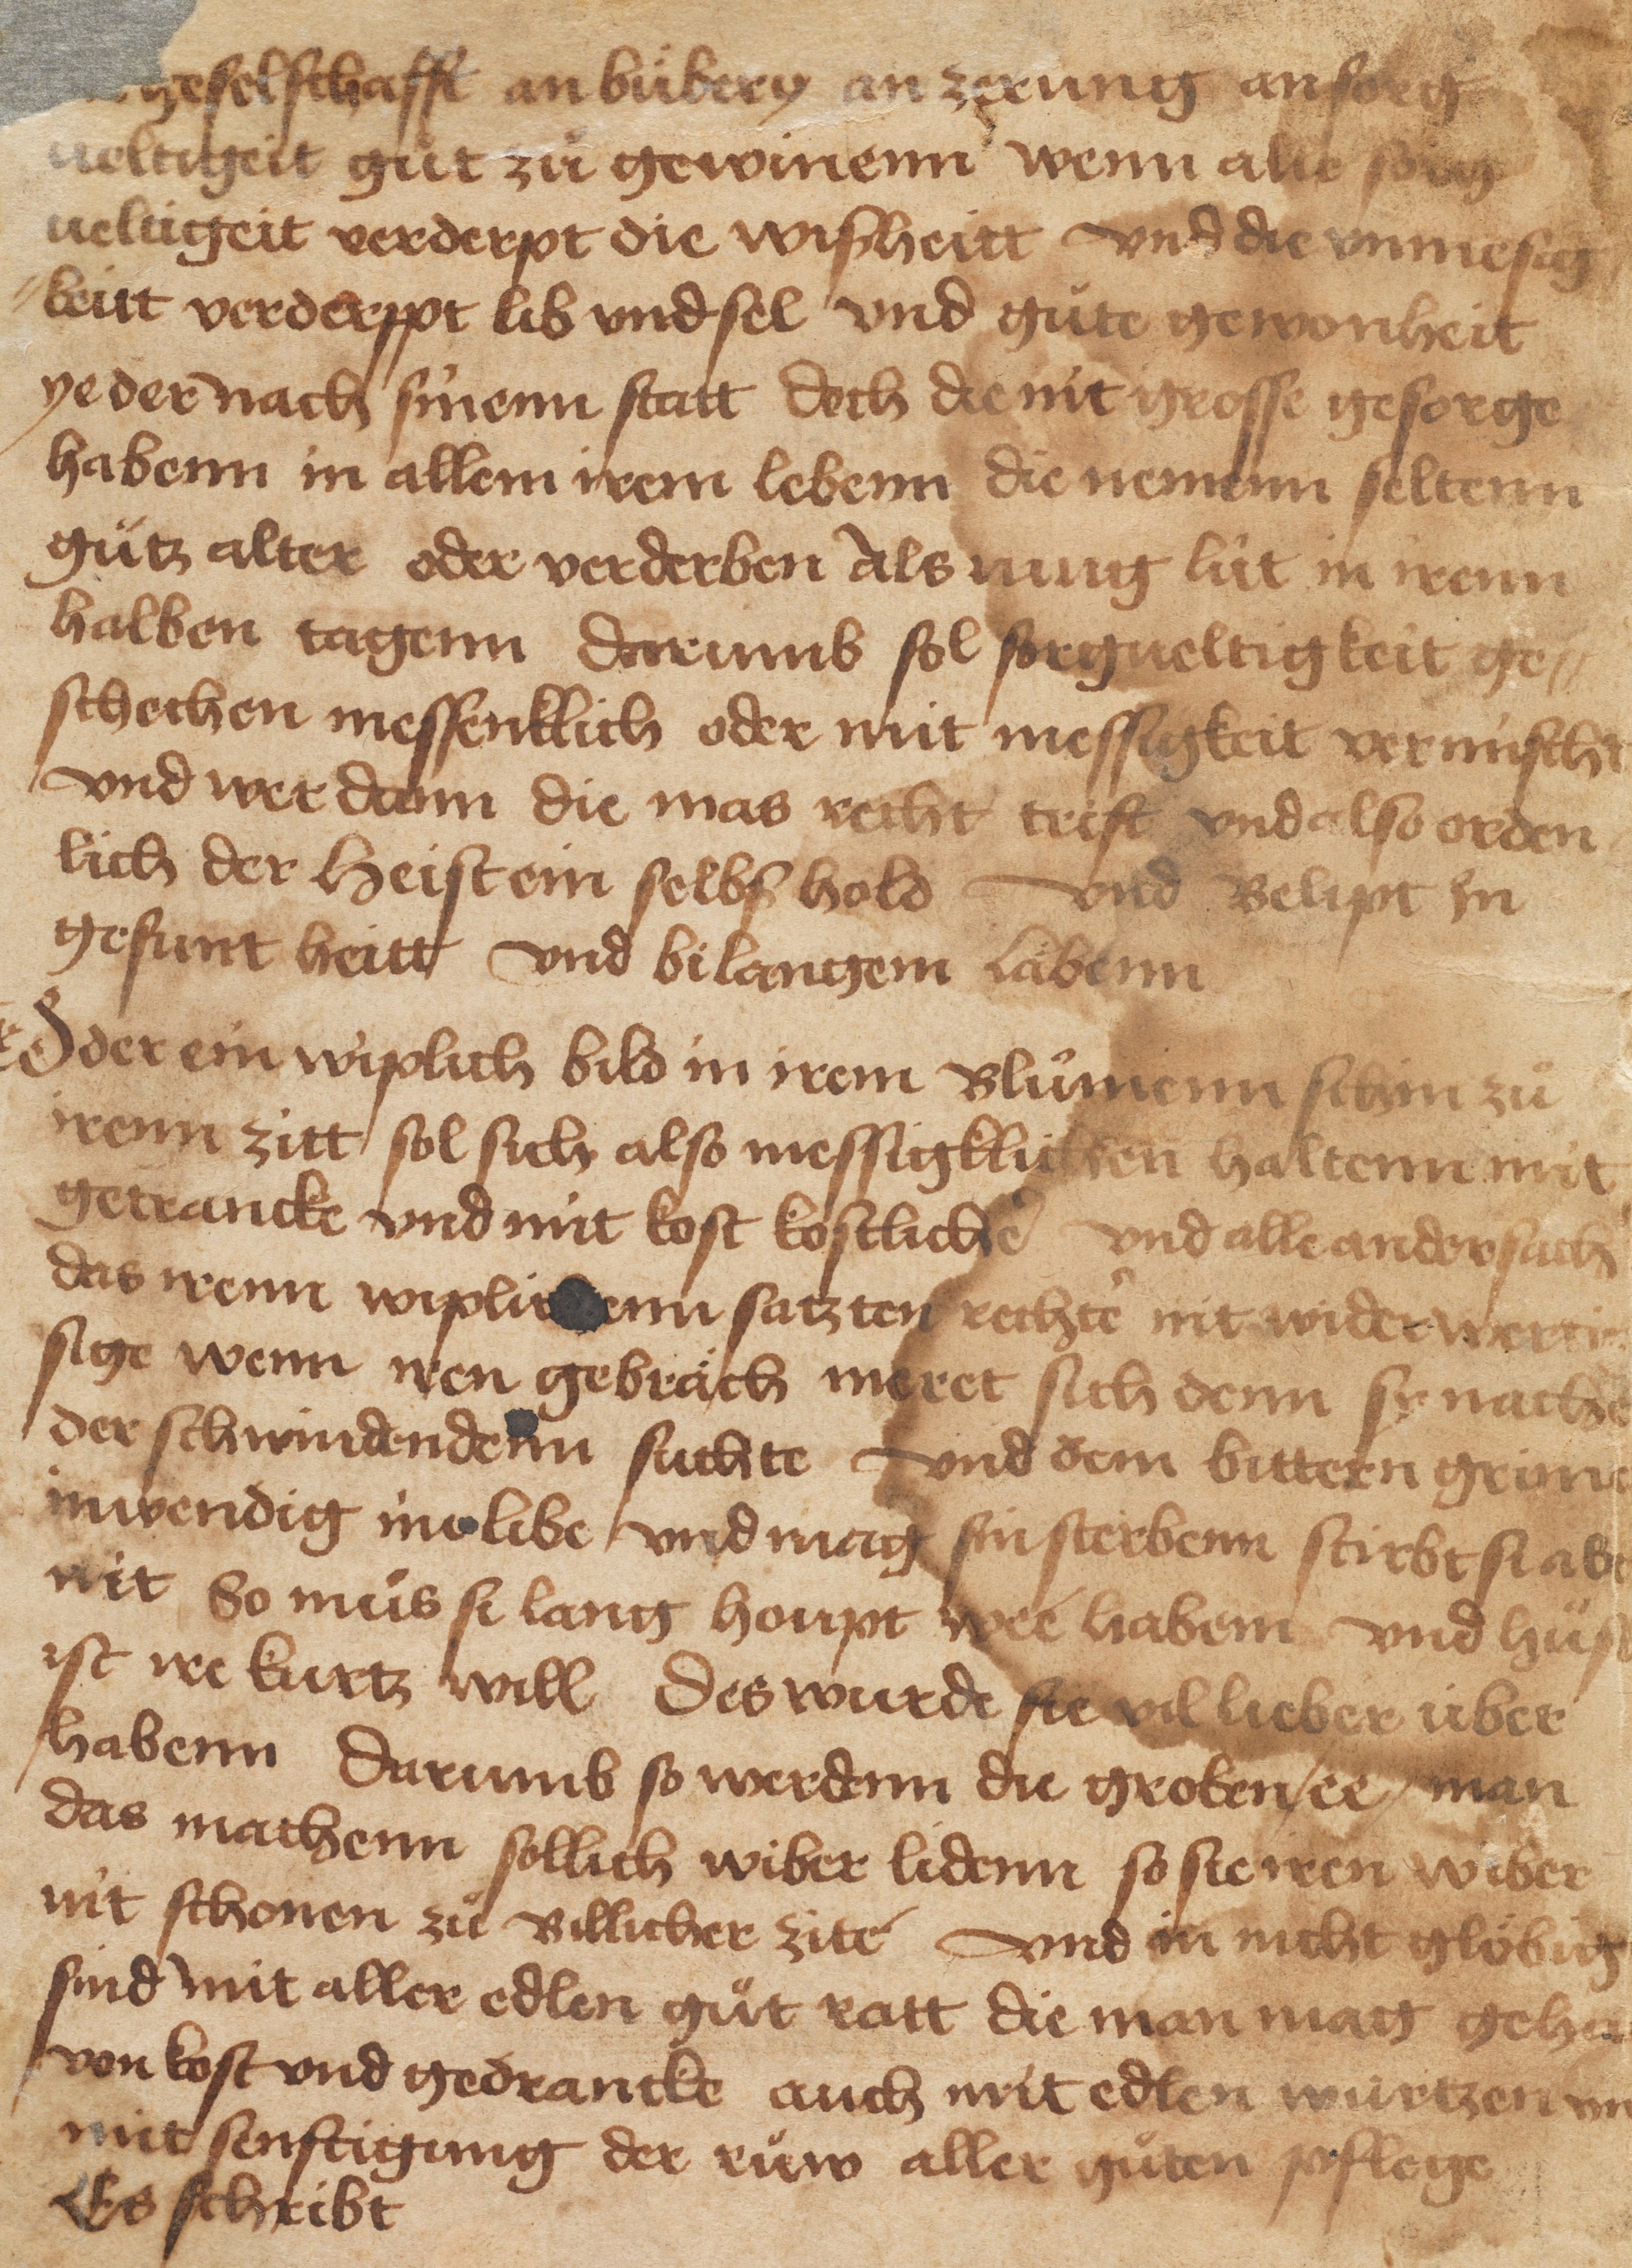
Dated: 1450–1499